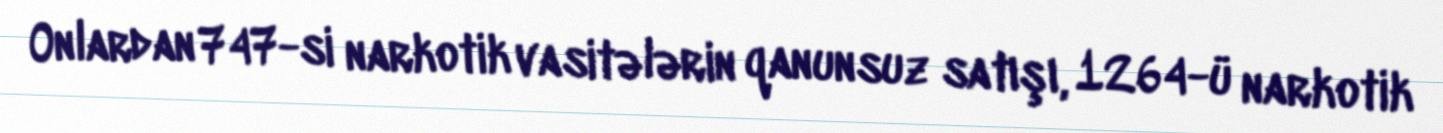
Onlardan 747-si narkotik vasitələrin qanunsuz satışı, 1264-ü narkotik